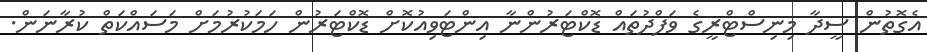
އެގޮތުން ސީދާ މިނިސްޓްރީގެ ވަފްދުތައް ޑޮކްޓަރުންނާ އިންޓަވިއުކޮށް ޑޮކްޓަރުން ހަމަކުރުމަށް މަސައްކަތް ކުރާނަަން.